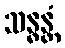
သန္ဓန္တံ